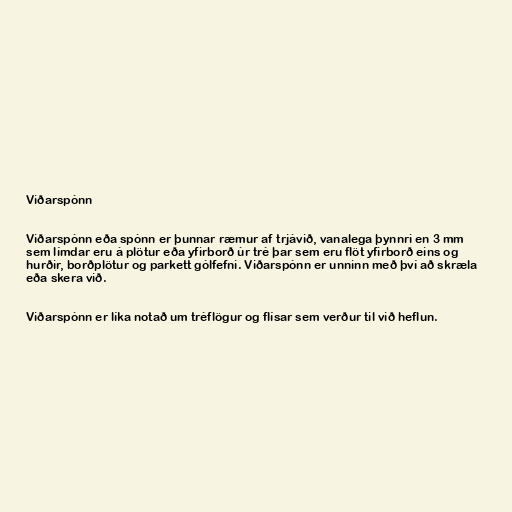
Viðarspónn

Viðarspónn eða spónn er þunnar ræmur af trjávið, vanalega þynnri en 3 mm
sem límdar eru á plötur eða yfirborð úr tré þar sem eru flöt yfirborð eins og
hurðir, borðplötur og parkett gólfefni. Viðarspónn er unninn með því að skræla
eða skera við.

Viðarspónn er líka notað um tréflögur og flísar sem verður til við heflun.